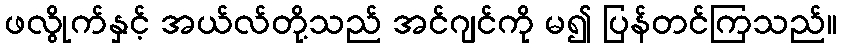
ဖလွိုက်နှင့် အယ်လ်တို့သည် အင်ဂျင်ကို မ၍ ပြန်တင်ကြသည်။